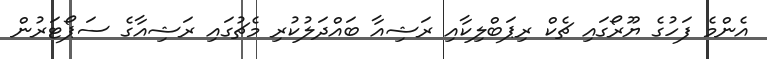
އެންމެ ފަހުގެ ޔޫރޯގައި ޗެކް ރިޕަބްލިކާއި ރަޝިއާ ބައްދަލުކުރި މެޗުގައި ރަޝިއާގެ ސަޕޯޓަރުން